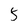
Character: 5